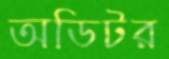
অডিটর